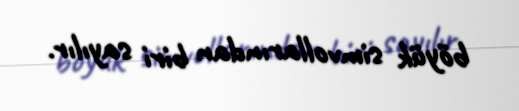
böyük simvollarından biri sayılır.